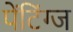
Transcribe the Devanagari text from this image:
पेंटिंग्ज